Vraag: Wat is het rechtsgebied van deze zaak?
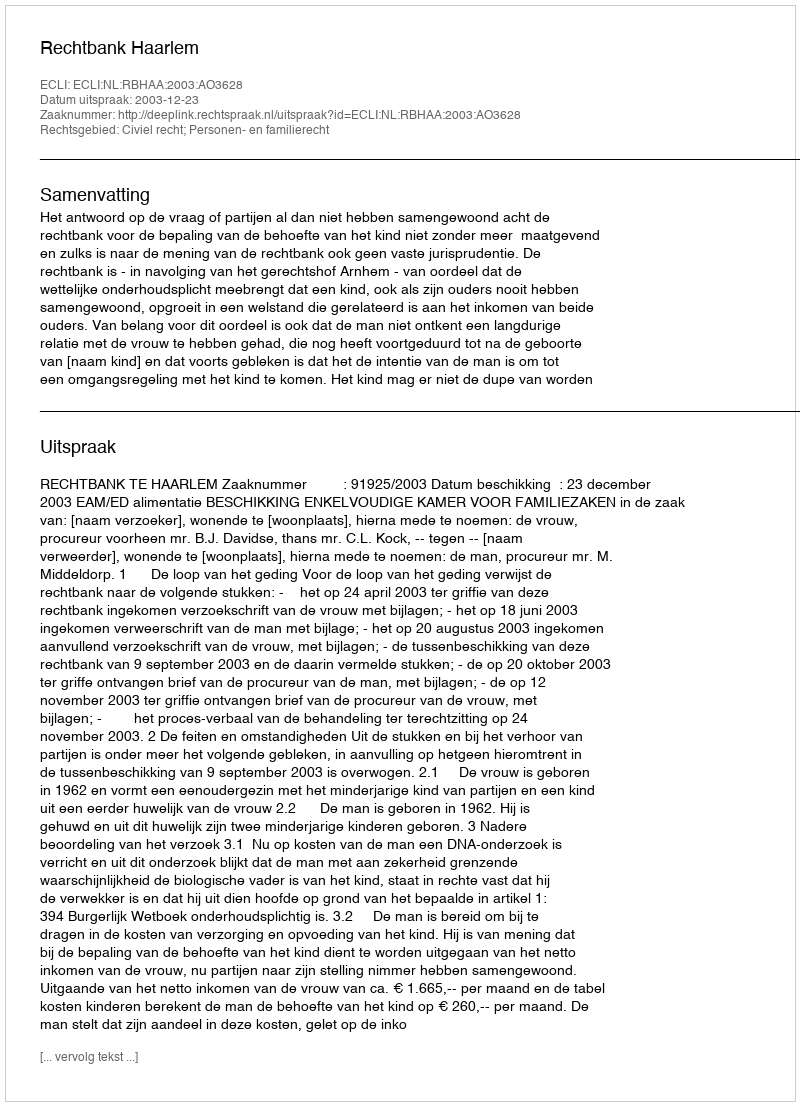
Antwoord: Civiel recht; Personen- en familierecht